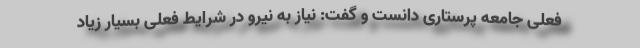
فعلی جامعه پرستاری دانست و گفت: نیاز به نیرو در شرایط فعلی بسیار زیاد